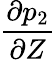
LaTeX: \frac{\partial p_{2}}{\partial Z}